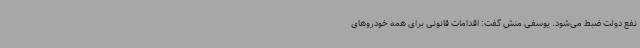
نفع دولت ضبط می‌شود. یوسفی منش گفت: اقدامات قانونی برای همه خودروهای